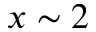
x \sim 2